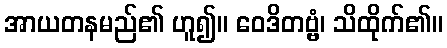
အာယတနမည်၏ ဟူ၍။ ဝေဒိတဗ္ဗံ၊ သိထိုက်၏။